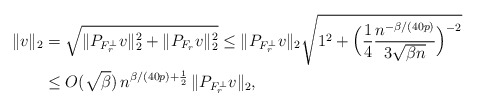
\begin{align*}\|v\|_2 &= \sqrt{ \|P_{F_r^\perp}v\|_2^2 + \|P_{F_r} v\|_2^2 } \le \|P_{F_r^\perp}v\|_2 \sqrt{1^2 + \Big( \frac{1}{4} \frac{n^{-\beta/(40p)}}{ 3\sqrt{\beta n } }\Big)^{-2} } \\&\le O(\sqrt{\beta})\,n^{\beta/(40p) + \frac{1}{2}}\,\|P_{F_r^\perp}v\|_2,\end{align*}